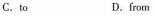
C.to D.from